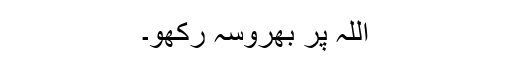
اللہ پر بھروسہ رکھو۔